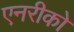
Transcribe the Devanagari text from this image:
एनरीको